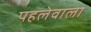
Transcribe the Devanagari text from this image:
पहलेवाला